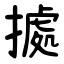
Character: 㨿